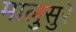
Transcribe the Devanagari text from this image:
मालुसुरे